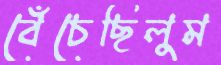
বেঁচেছিলুম